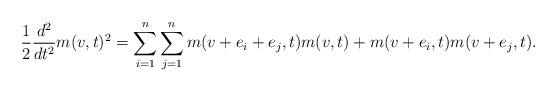
LaTeX: \begin{align*}\frac{1}{2} \frac{d^2}{dt^2} m(v, t)^2 = \sum_{i=1}^n \sum_{j=1}^n m(v+e_i+e_j, t) m(v,t) + m(v+e_i, t)m(v+e_j, t).\end{align*}